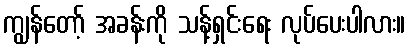
ကျွန်တော့် အခန်းကို သန့်ရှင်းရေး လုပ်ပေးပါလား။